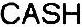
CASH